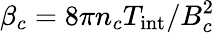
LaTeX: \beta_{c}=8\pi n_{c}T_{\mathrm{int}}/B_{c}^{2}